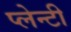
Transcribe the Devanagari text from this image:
प्लेन्टी